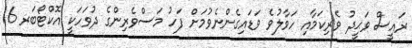
ރައީސް ވަޙީދު ވެރިކަމާއި ހަވާލުވެ ވަޑައިގެންނެވުމަށް ފަހު މަސްވެރިންގެ ދުވަހަކީ އޮކްޓޯބަރ 16